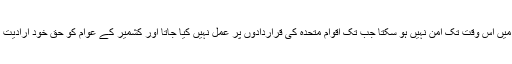
جنوھی ایشیا میں اس وقت تک امن نہیں ہو سکتا جب تک اقوام متحدہ کی قراردادوں پر عمل نہیں کیا جاتا اور کشمیر کے عوام کو حق خود ارادیت نہیں دیا جاتا۔